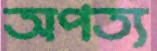
অপত্য